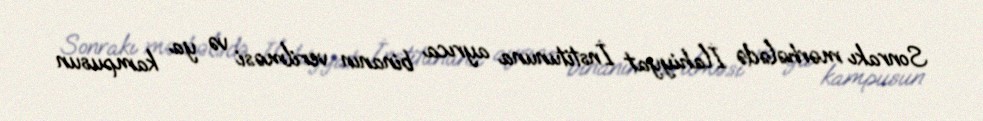
Sonrakı mərhələdə İlahiyyat İnstitununa ayrıca binanın verilməsi və ya kampusun